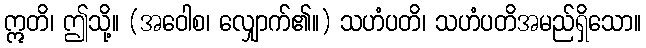
ဣတိ၊ ဤသို့။ (အဝေါစ၊ လျှောက်၏။) သဟံပတိ၊ သဟံပတိအမည်ရှိသော။